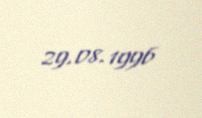
29.08.1996